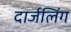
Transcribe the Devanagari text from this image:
दार्जलिंग